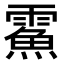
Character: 𩅔